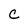
Character: c